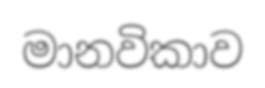
මානවිකාව